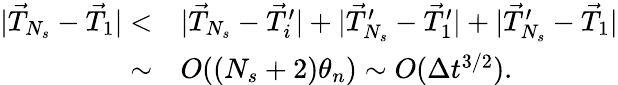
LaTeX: \begin{array}{rl}{|\vec{T}_{N_{s}}-\vec{T}_{1}|<}&{|\vec{T}_{N_{s}}-\vec{T}_{i}^{\prime}|+|\vec{T}_{N_{s}}^{\prime}-\vec{T}_{1}^{\prime}|+|\vec{T}_{N_{s}}^{\prime}-\vec{T}_{1}|}\\ {\sim}&{O((N_{s}+2)\theta_{n})\sim O(\Delta t^{3/2}).}\end{array}